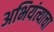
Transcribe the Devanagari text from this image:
अभियंत्याचा